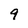
Character: 9